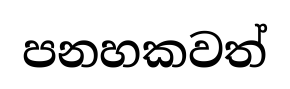
පනහකවත්